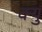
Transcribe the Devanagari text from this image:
क्युं